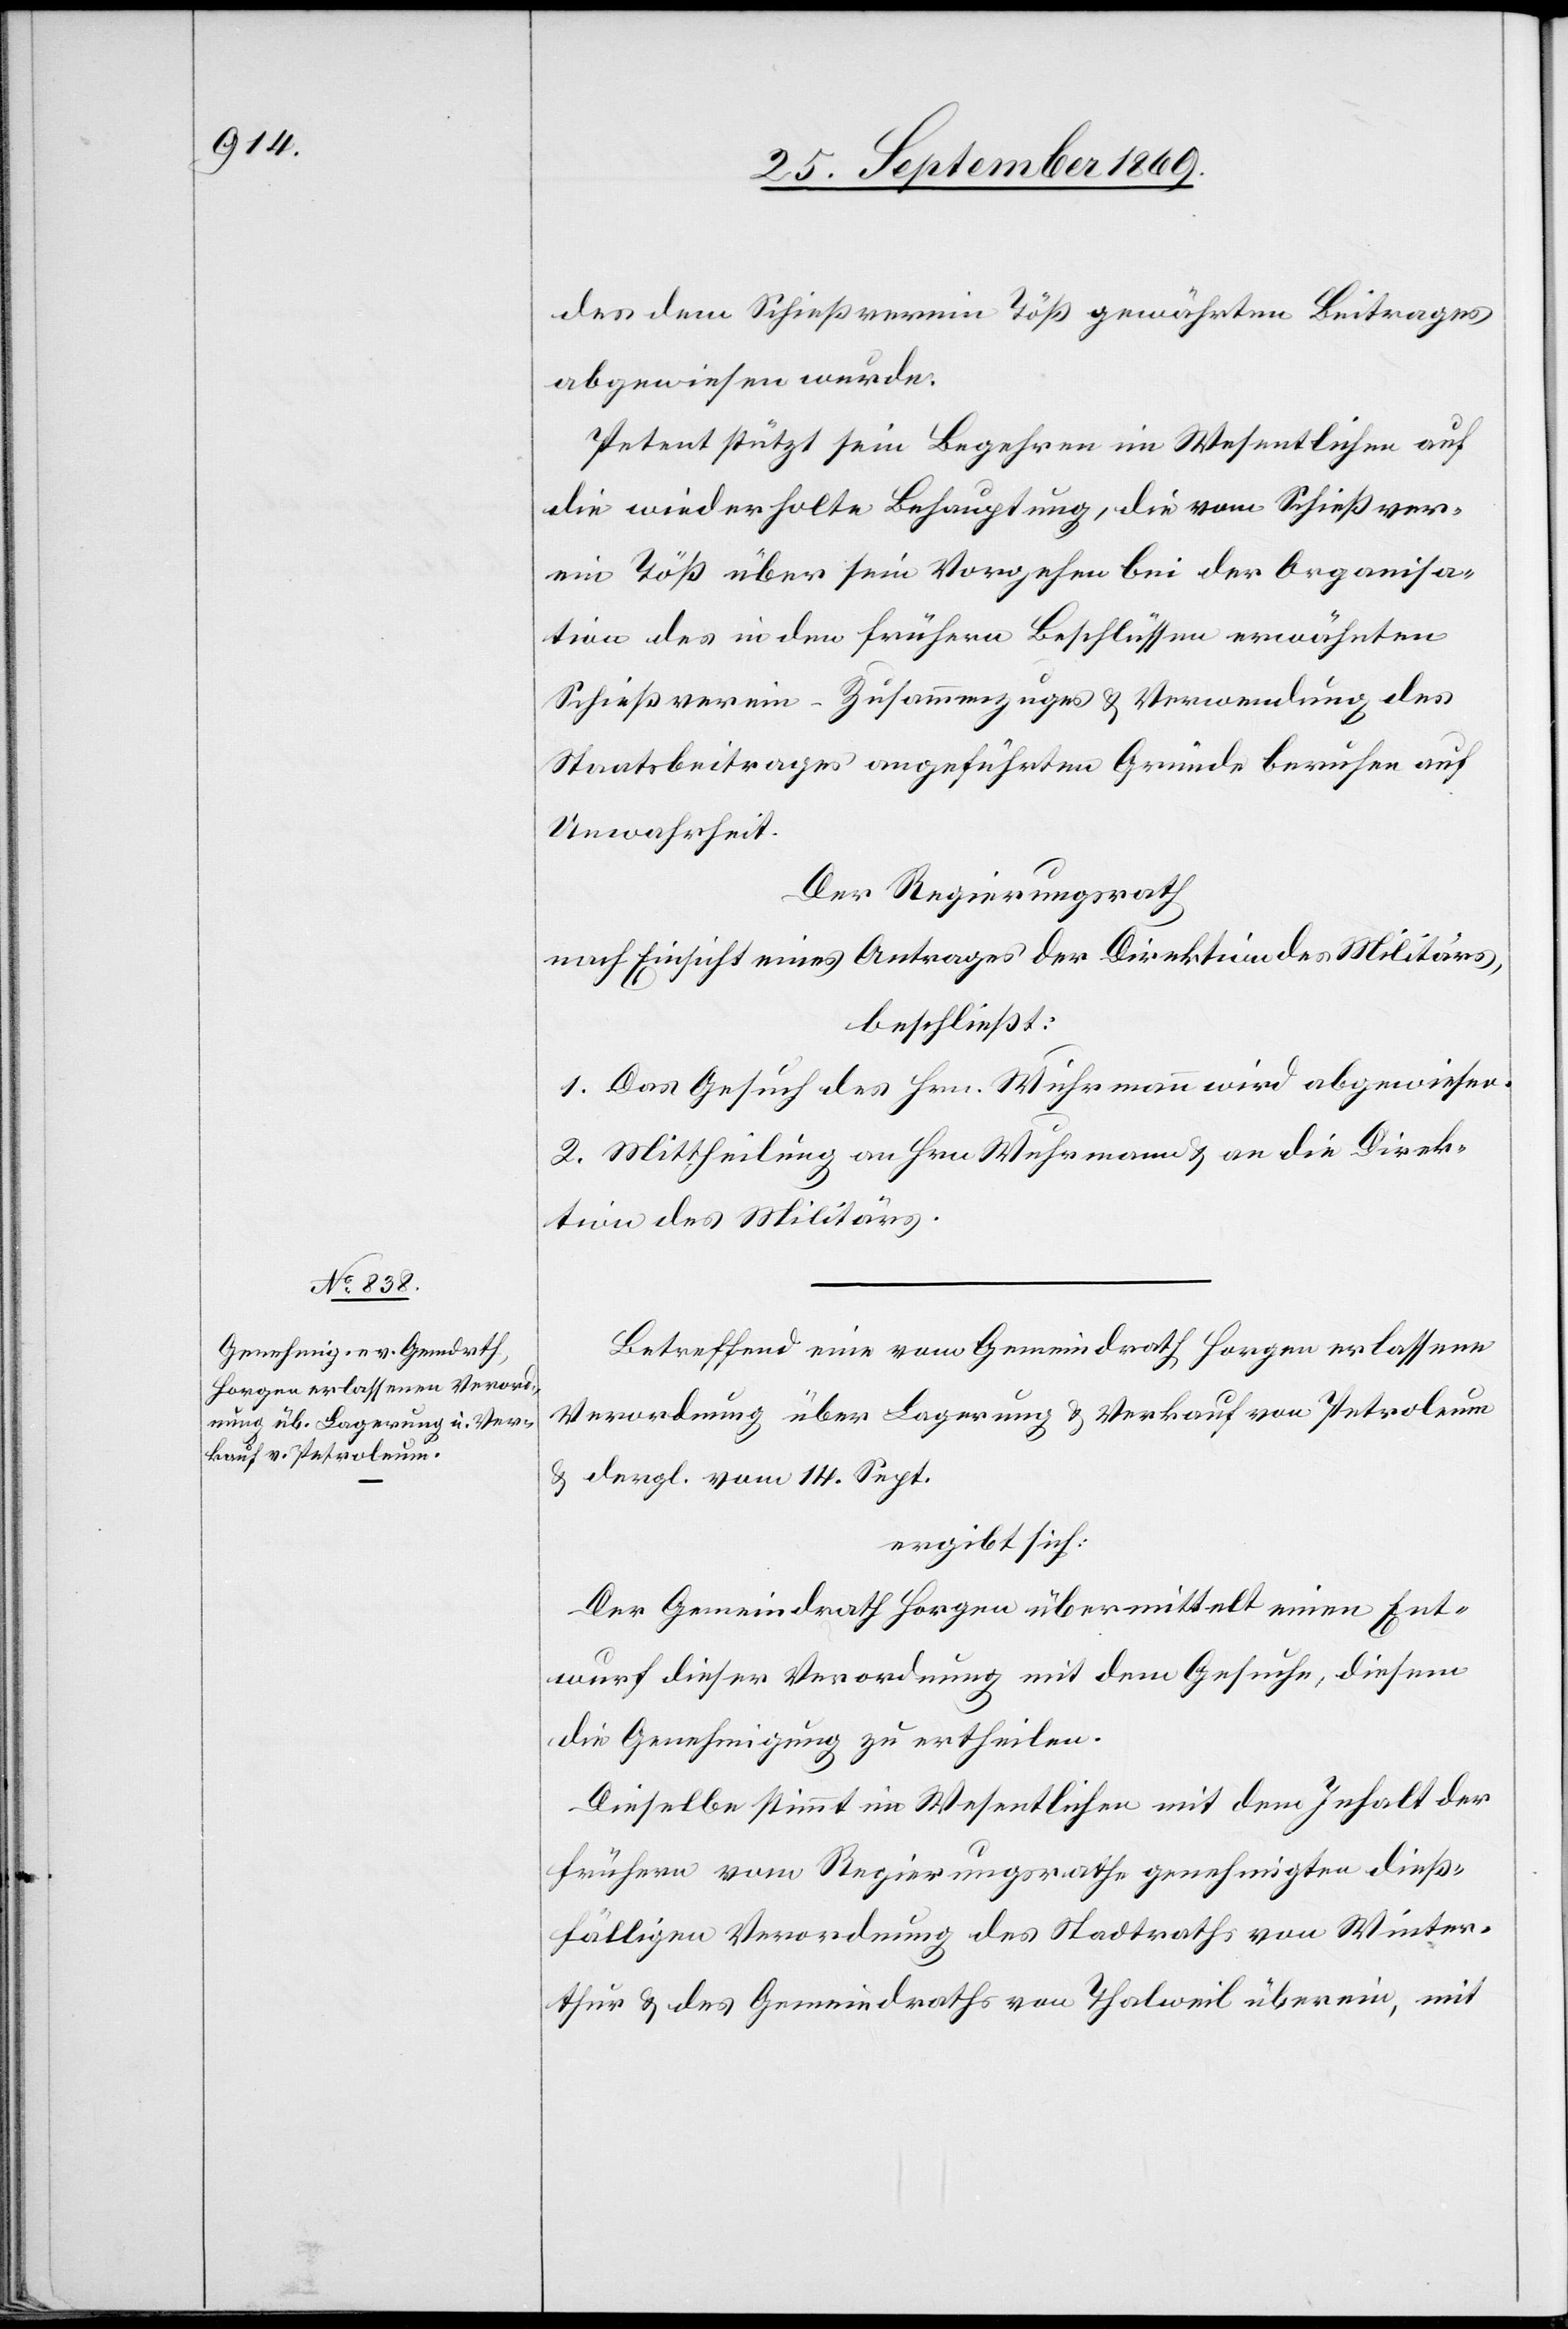
des dem Schießverein Töß gewährten Beitrages
abgewiesen wurde.
Petent stützt sein Begehren im Wesentlichen auf
die wiederholte Behauptung, die vom Schießver¬
ein Töß über sein Vorgehen bei der Organisa¬
tion des in den frühern Beschlüssen erwähnten
Schießverein-Zusammenzuges & Verwendung des
Staatsbeitrages angeführten Gründe beruhen auf
Unwahrheit.
Der Regierungsrath
nach Einsicht eines Antrages der Direktion des Militärs,
beschließt:
1. Das Gesuch des Hrn. Wuhrmann wird abgewiesen.
2. Mittheilung an Hrn. Wuhrmann & an die Direk¬
tion des Militärs.
Betreffend eine vom Gemeindrath Horgen erlassene
Verordnung über Lagerung & Verkauf von Petroleum
& dergl. vom 14. Sept.
ergibt sich:
Der Gemeindrath Horgen übermittelt einen Ent¬
wurf dieser Verordnung mit dem Gesuche, diesem
die Genehmigung zu ertheilen.
Dieselbe stimmt im Wesentlichen mit dem Inhalt der
frühern vom Regierungsrathe genehmigten dieß¬
fälligen Verordnung des Stadtraths von Winter¬
thur & des Gemeindraths von Thalweil überein, mit